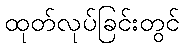
ထုတ်လုပ်ခြင်းတွင်